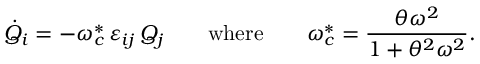
\dot { Q } _ { i } = - \omega _ { c } ^ { * } \, \varepsilon _ { i j } \, Q _ { j } \qquad \mathrm { w h e r e } \qquad \omega _ { c } ^ { * } = \frac { \theta \omega ^ { 2 } } { 1 + \theta ^ { 2 } \omega ^ { 2 } } .